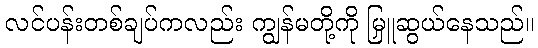
လင်ပန်းတစ်ချပ်ကလည်း ကျွန်မတို့ကို မြှူဆွယ်နေသည်။